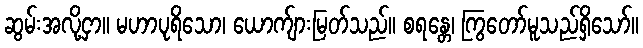
ဆွမ်းအလို့ငှာ။ မဟာပုရိသော၊ ယောက်ျားမြတ်သည်။ စရန္တေ၊ ကြွတော်မူသည်ရှိသော်။